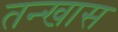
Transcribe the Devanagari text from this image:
तन्खास